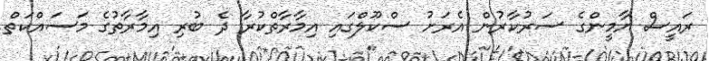
ރައީސް ޔާމީންގެ ސަރުކާރުން އެރަށު ސްކޫލްގައި އިމާރާތްކުރާ ދެ ބުރި އިމާރާތުގެ މަސައްކަތް